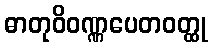
ဓာတုဝိဝဏ္ဏပေတဝတ္ထု